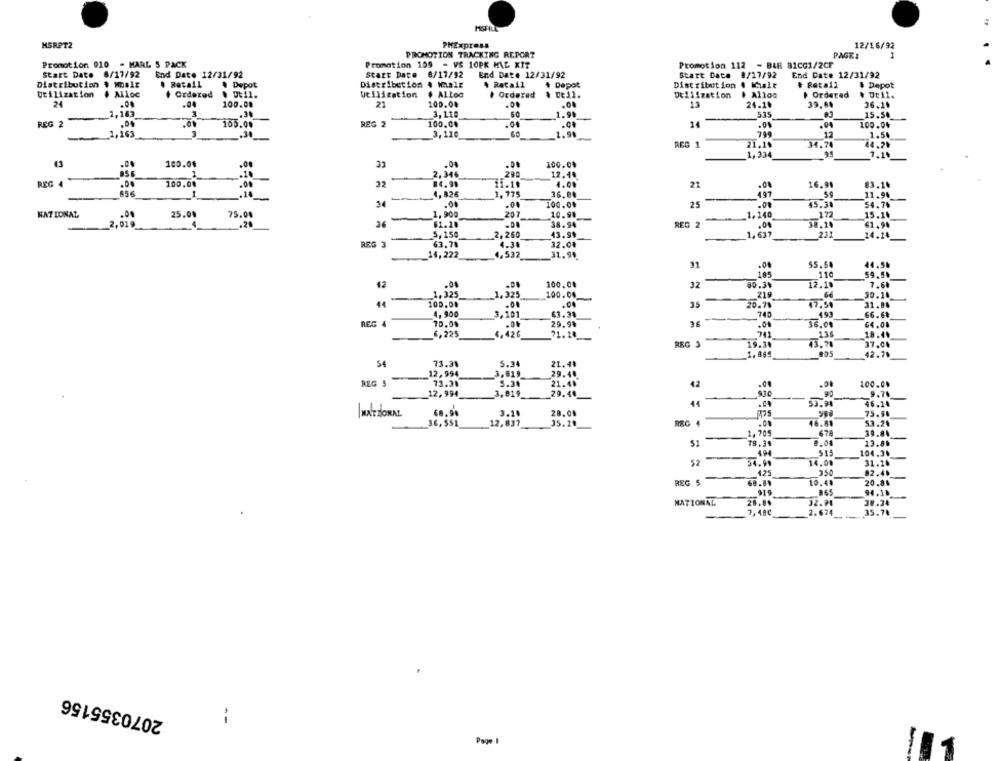
HGFILE
MSRPT2
PHExpress
12/16/92
PROMOTION TRACKING REPORT
PAGE:
Promotion 010 - MARL 5 PACK
Promotion 109 - VS 10PK MAL XIT
Promotion 112 - BAR B1CG1/2CF
Start Date
6/17/92
End Date 12/31/92
Start Date 8/17/92
End Date 12/31/92
Start Date 0/17/92
End Date 12/31/92
Distribution
. Retail
. Depot
Distribution . Male
4 Retail
4 Depot
Distribution & Kalt
# Retail
& Depot
Utilization
. Alloc
+ Ordered
Utilization
$ ALLoc
Ordered
& DE11.
Utilization
# Alloc
Ordered
. Ut11.
24
100.00
21
100.04
13
24.10
39,84
36.16
1,163
.31
3,110
50
1.99
519
15.58
REG 2
-
.01
REG 2
100.04
14
100.00
.04
100.04
-
1,163
3,110
1.91
12
1.54
REG 1
21.19
34.74
44,20
1,33
7.10
100.08
,08
32
.00
100.00
1
2,346
12.4 ..
REG 4
.00
100.00
.00
32
84.91
35.10
4.00
21
.00
16.94
83.14
856
.14
-
4.826
1.775
36.0₺
497
11.96
34
.01
.0.
100.04
25
45.38
54.76
NATIONAL
.00
25.08
75.04
1.900
207
10.9.
1.140
172
15.16
2,019
61.20
38.94
REG 2
.00
30,10
62.94
5,150
2,260
43.90
1,637
231
14.14
REG 3
63.78
4.30
32.01
14,222
4,532
31.94
31
.00
55.58
44.50
105
110
59.56
42
.01
100.00
32
00.30
12.18
7.6
1,325
_1,325
100.00
219
66
30.10
44
100.04
35
20.70
47.50
31.88
4.900
3,101
63.34
745
493
SE
66.6%
REG 4
29.9%
.04
36.00
64.04
6,225
4,426
71.20
136
REG 3
19.14
43.78
37.04
42.79
54
73.31
5.34
21.48
12,994
3,619
29.40
-
REG 5
73.39
9.30
21.4.
42
.0
.00
100.00
12,994
3,919
29.44
9.74
11
46.14
NATIONAL
3.18
28.01
60.90
75.90
36,551
12,837
35.20
REG 4
.00
46.81
53.2.
1,709
678
7.00
13.80
51
78.34
49
515
104.3.
52 -
54.90
14.08
31.10
425
350
82.4.
REG 5
65.89
10.48
20.86
919
94.10
NATIONAL
20.00
32.91
30.34
7,48C
2.674
35.78
2070355156
--